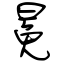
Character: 冕